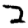
Digit: 2